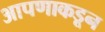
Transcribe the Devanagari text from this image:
आपणाकडून